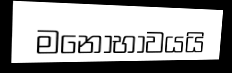
මනෝභාවයයි